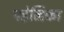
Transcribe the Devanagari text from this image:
पहेलिका